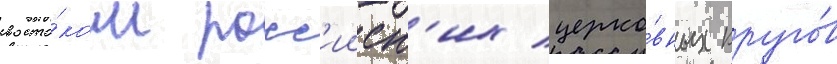
восто́ком росс'ииск'их церко́вных круго́в